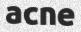
acne